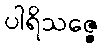
ပါရိသဇ္ဇေ